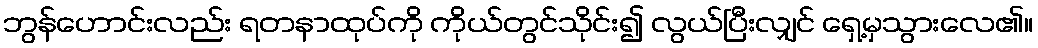
ဘွန်ဟောင်းလည်း ရတနာထုပ်ကို ကိုယ်တွင်သိုင်း၍ လွယ်ပြီးလျှင် ရှေ့မှသွားလေ၏။